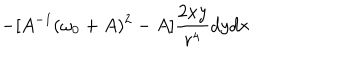
LaTeX: - [ A ^ { - 1 } ( \omega _ { 0 } + A ) ^ { 2 } - A ] \frac { 2 x y } { r ^ { 4 } } d y d x